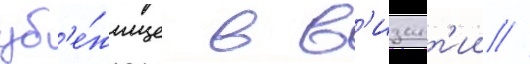
уб'е́жище в в'изант'ии //